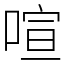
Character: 喧